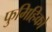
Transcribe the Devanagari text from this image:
फुमिहिको